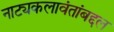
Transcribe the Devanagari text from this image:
नाट्यकलावंतांबद्दल